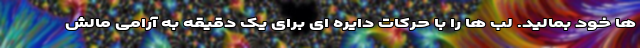
ها خود بمالید. لب ها را با حرکات دایره ای برای یک دقیقه به آرامی مالش